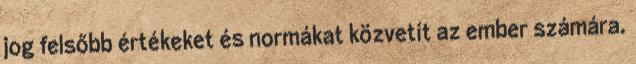
jog felsőbb értékeket és normákat közvetít az ember számára.